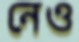
নেও